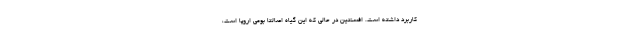
کاربرد داشته است. افسنتین در حالی که این گیاه اصالتا بومی اروپا است،